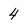
Character: 4